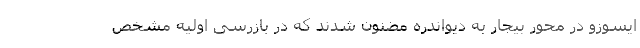
ایسوزو در محور بیجار به دیواندره مضنون شدند که در بازرسی اولیه مشخص